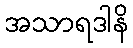
အသာရဒါနိ